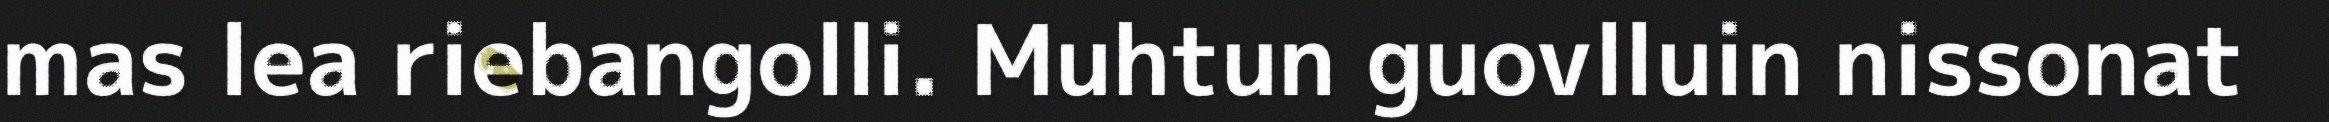
mas lea riebangolli. Muhtun guovlluin nissonat